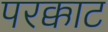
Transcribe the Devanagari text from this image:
परक्काट